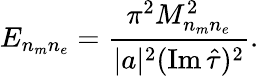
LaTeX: E_{n_{m}n_{e}}={\frac{\pi^{2}M_{n_{m}n_{e}}^{2}}{|a|^{2}(\mathrm{Im}\, \hat{\tau})^{2}}}.